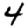
Digit: 4